Annual report of the Imperial Bacteriologist
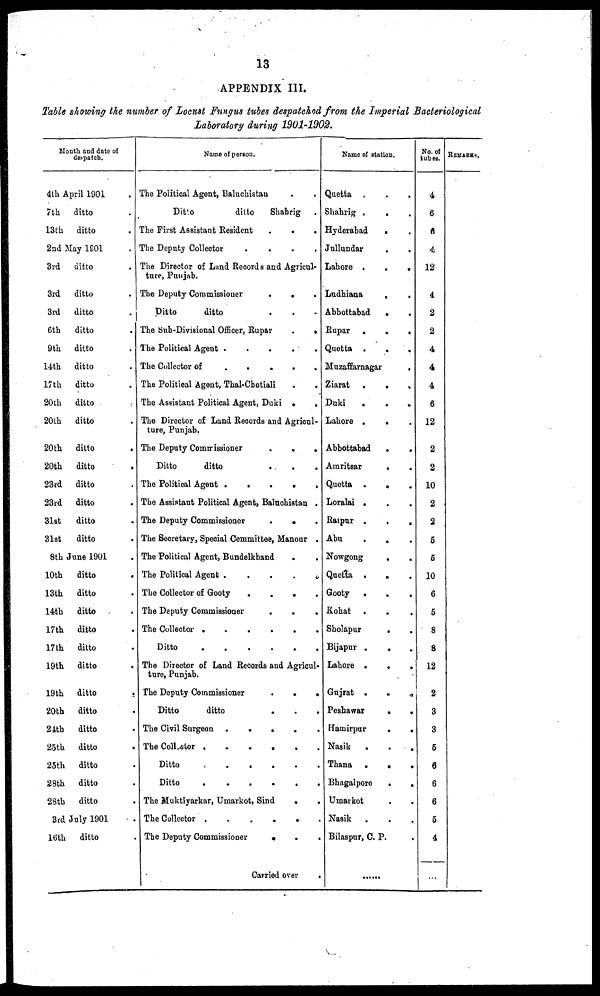
13
APPENDIX III.
Table showing the number of Locust Fungus tubes despatched from the Imperial Bacteriological
Laboratory during 1901-1902.
Month and date of
despatch.
4th April 1901
7th
13th
ditto
ditto
2nd May 1901
3rd
3rd
3rd
6th
9th
14th
17th
20th
20th
20th
20th
23rd
23rd
31st
31st
ditto
ditto
ditto
ditto
ditto
ditto
ditto
ditto
ditto
ditto
ditto
ditto
ditto
ditto
ditto
8th June 1901
10th
13th
14th
17th
17th
19th
19th
20th
24th
25th
25th
28th
28th
ditto
ditto
ditto
ditto
ditto
ditto
ditto
ditto
ditto
ditto
ditto
ditto
ditto
3rd July 1901
16th ditto
.
.
.
.
.
.
.
.
.
.
.
.
.
.
.
.
.
.
.
.
.
.
.
.
.
.
.
.
.
.
.
.
.
.
.
Name of person.
The Political Agent,
Baluchistan
.
Ditto
ditto
Shahrig
The First Assistant Resident
The Deputy Collector
.
.
.
.
.
.
.
.
.
The Director of Land Records and Agricul-
ture, Punjab.
The Deputy Commissioner
Ditto
ditto
.
.
The Sub-Divisional Officer, Rupar
The Political Agent .
.
The Collector of
.
.
.
.
The Political Agent, Thal-Chotiali
.
.
.
.
.
.
The Assistant Political Agent, Duki .
.
.
.
.
.
.
.
The Director of Land Records and Agricul-
ture, Punjab.
The Deputy Commissioner
Ditto
ditto
The Political Agent .
.
.
.
.
.
.
.
.
.
The Assistant Political Agent,Baluchistan .
The Deputy Commissioner
. .
.
The Secretary, Special Committee, Manour .
The Political Agent, Bundelkhand
The Political Agent
The Collector of Gooty
.
The Deputy Commissioner
The Collector
...
Ditto
.
.
.
.
.
.
.
.
.
.
.
.
.
.
.
.
.
The Director of Land Records and Agricul-
ture, Punjab.
The Deputy Commissioner
Ditto
ditto
The Civil Surgeon
.
.
The Collector
.
.
.
Ditto . . .
Ditto
.
.
.
.
.
.
.
.
.
The Muktiyarkar, Umarkot, Sind
The Collector
The Deputy Commissioner
.
.
.
.
.
.
.
.
.
.
.
Carried over
.
.
.
.
.
.
.
.
.
.
Name of station.
Quetta .
Shahrig .
Hyderabad
Jullundar
Lahore .
Ludhiana
Abbottabad
Rupar .
Quetta .
Muzaffarnagar
Ziarat .
Duki .
Lahore .
Abbottabad
Amritsar
Quetta .
Loralai .
Raipur .
Abu .
Nowgong
Quetta .
Gooty .
Kohat .
Sholapur
Bijapur .
Lahore .
Gujrat .
Peshawar
Hamirpur
Nasik
.
Thana .
Bhagalpore
Umarkot
Nasik .
.
.
.
.
.
.
.
.
.
.
.
.
.
.
.
.
.
.
.
.
.
.
.
.
.
.
.
.
.
.
.
.
.
.
Bilaspur, C. P.
.
.
.
.
.
.
.
.
.
.
.
.
.
.
.
.
.
.
.
.
.
.
.
.
.
.
.
.
.
.
.
.
.
.
.
......
No. of
tubes.
4
6
6
4
12
4
2
2
4
4
4
6
12
2
2
10
2
2
5
5
10
6
5
8
8
12
2
3
3
5
6
6
6
5
4
...
REMARKS.